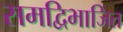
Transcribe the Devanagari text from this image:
समद्विभाजित